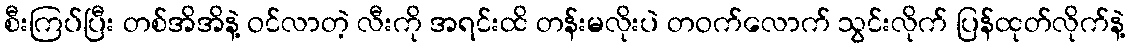
စီးကြပ်ပြီး တစ်အိအိနဲ့ ဝင်လာတဲ့ လီးကို အရင်းထိ တန်းမလိုးပဲ တဝက်လောက် သွင်းလိုက် ပြန်ထုတ်လိုက်နဲ့